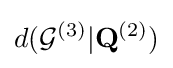
d({\mathcal {G}}^{(3)}\vert \mathbf {Q} ^{(2)})